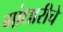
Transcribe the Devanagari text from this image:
गांधारीचे